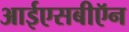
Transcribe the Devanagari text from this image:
आईएसबीऍन